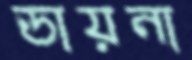
ডায়না